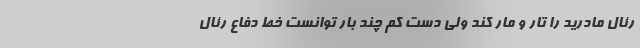
رئال مادرید را تار و مار کند ولی دست کم چند بار توانست خط دفاع رئال